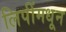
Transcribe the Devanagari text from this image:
लिपींमधून